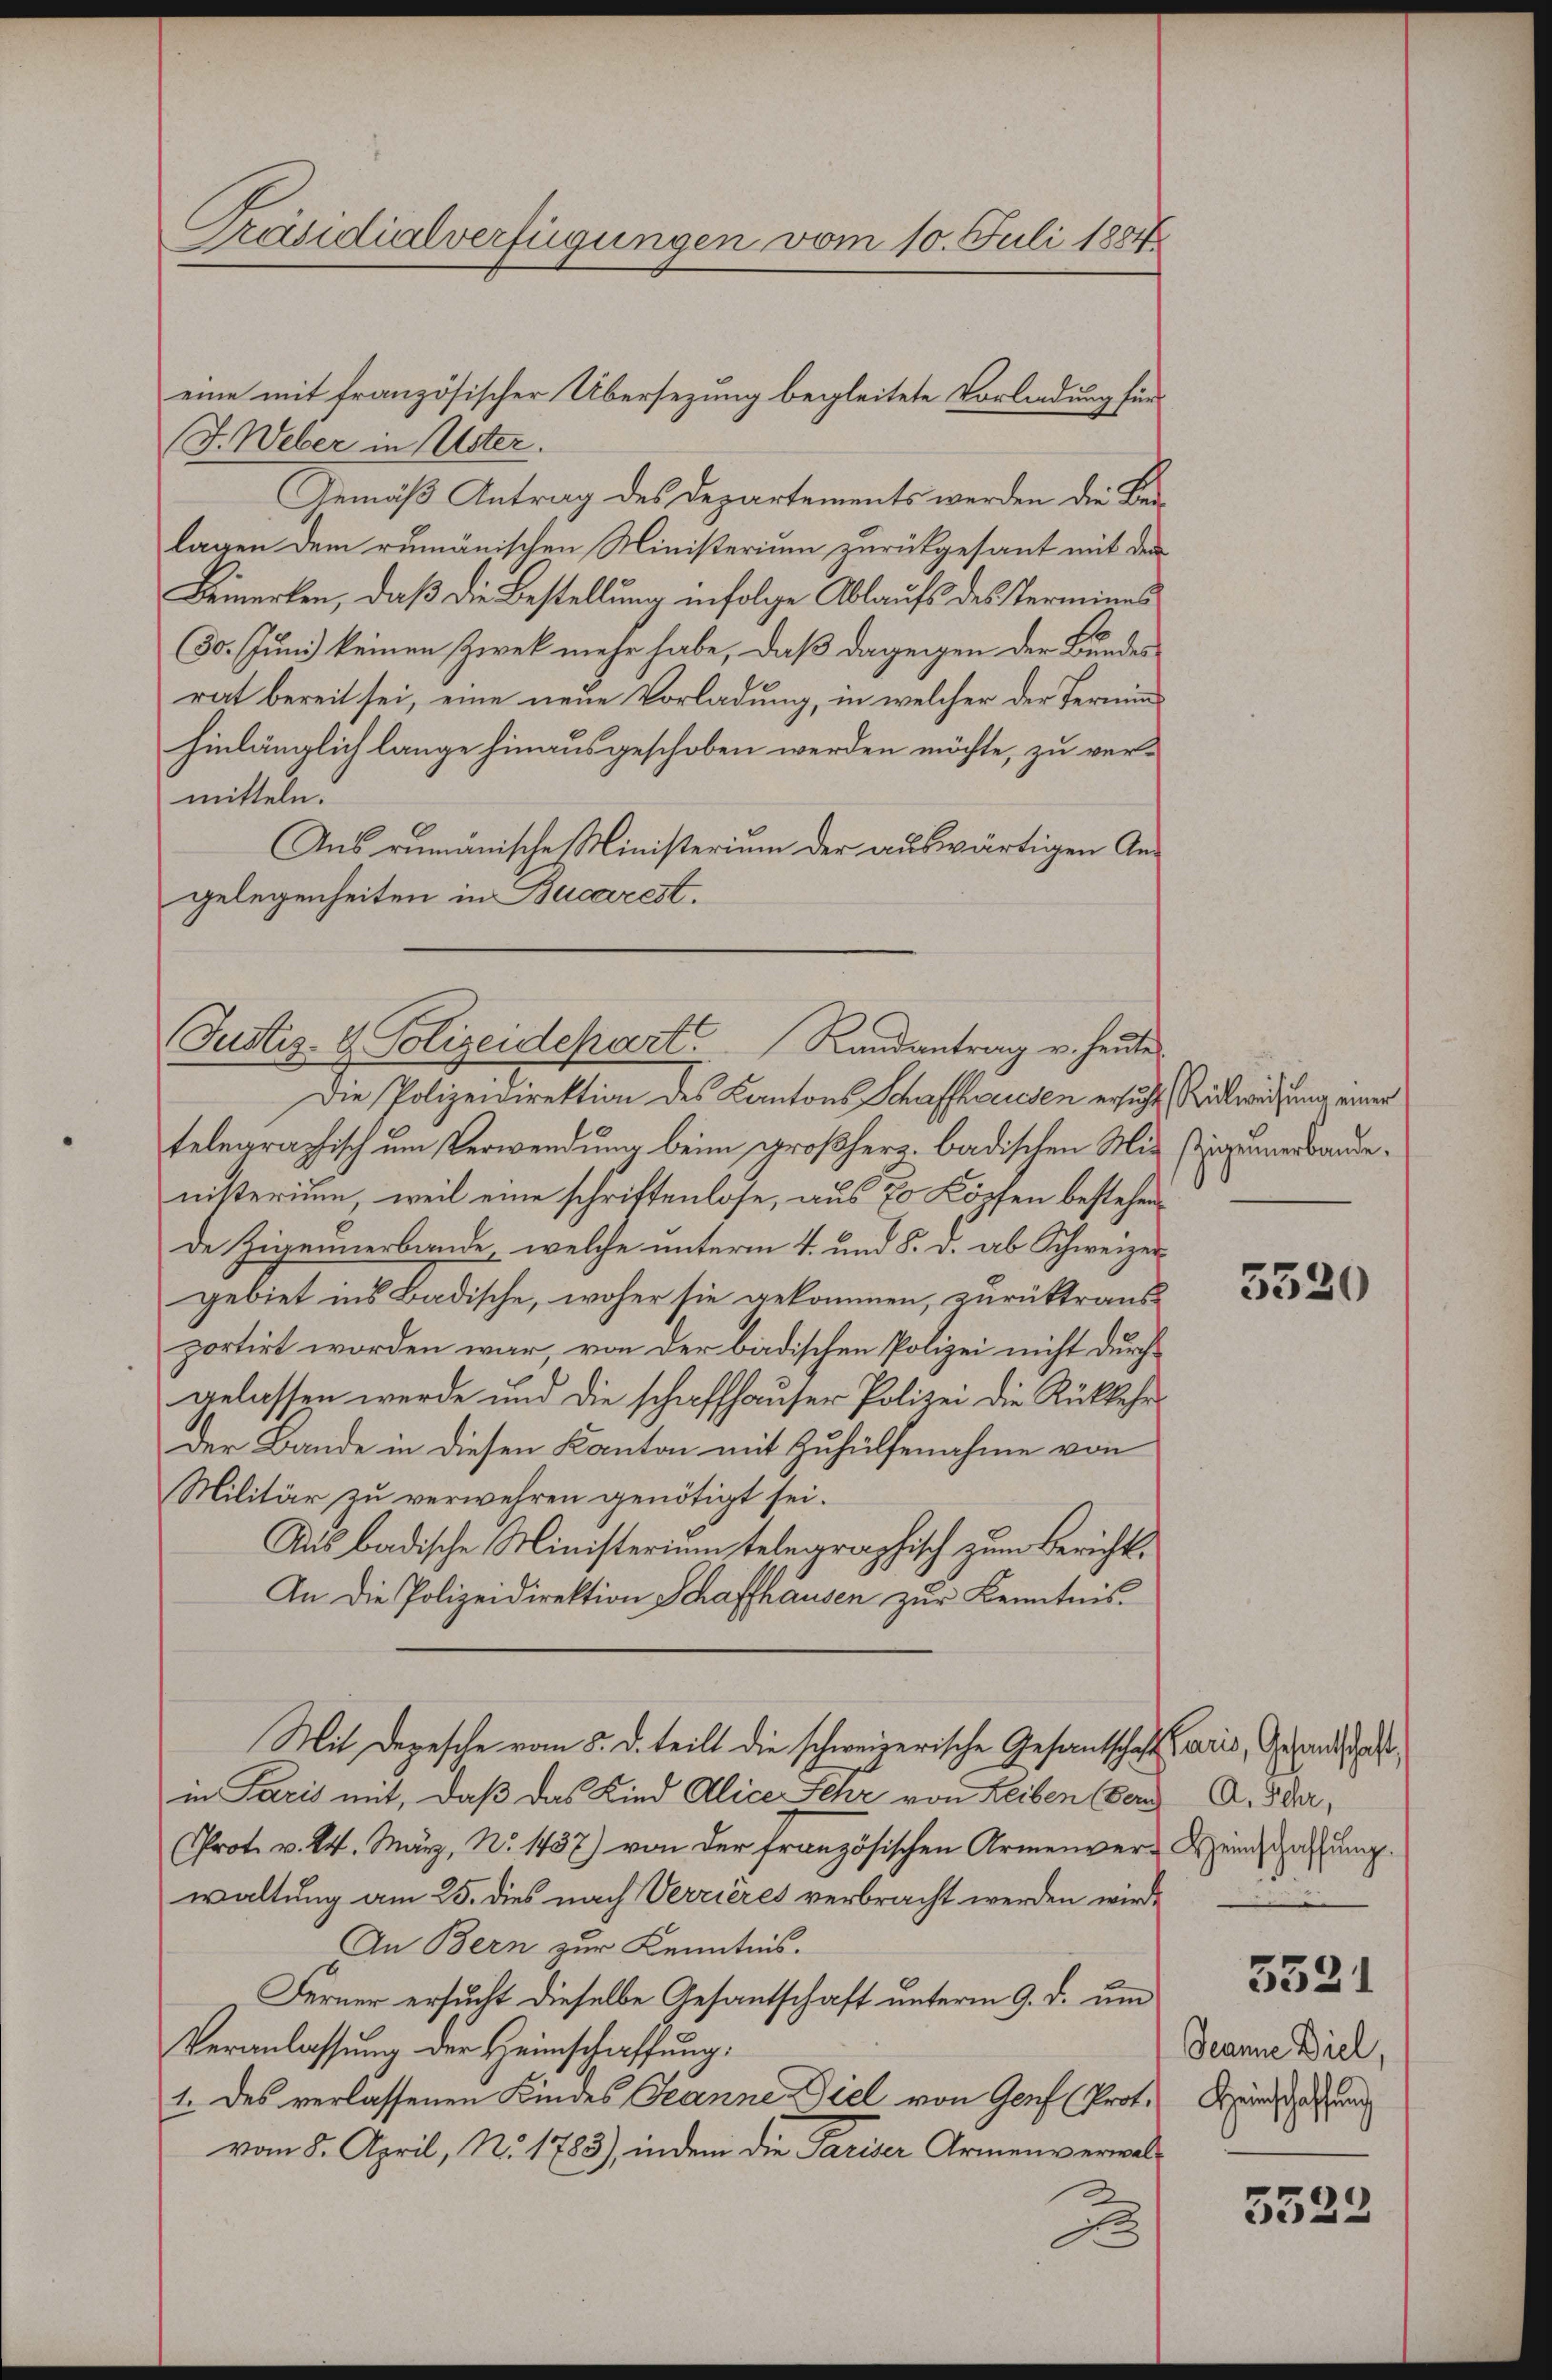
J. Weber in Uster.
Gemäß Antrag des Departements werden die Belagen dem rumänischen Ministerium zurückgesant mit dem
Bemerken, daß die Bestellung infolge Ablaufs des Termines
30. Juni keinen Zwek mehr habe, daß dagegen der Bundes
rat bereit sei, eine neue Vorladung, in welcher der Terminhinlänglich lange hinausgeschoben werden möchte, zu vermitteln.
Aus rumänische Ministerium der auswärtigen An-
gelegenheiten in Bucarest.

Präsidialverfügungen vom 10. Juli 1884

eine mit französischer Übersezung begleitete Vorladung für

Justiz- & Polizeidepart Randantrag u. heute

Die Polizeidirektion des Cantons Schaffhausen ersucht Rückweisung einer
telegraphisch um Verwendung beim großherz. badischen Mit Eingerbandenisterium, weil eine schriftenlose, aus 70 Köpfen bestehen
de Zigennerbande, welche unterm 4. und 8. v. ab Schweizer
gebiet ins Badische, woher sie gekommen, zurücktraus
portirt worden war, von der badischen Polizei nicht durchgelassen werde und die schaffhauser Polizei die Rückkehr
der Bande in diesen Kanton mit Zuhülfenahme von
Militär zu verwehren genötigt sei.
Aus badische Ministerium telegraphisch zum Bericht¬
An die Polizeidirektion Schaffhausen zur Kenntnis¬
Mit Depesche vom 5. d. teilt die schweizerische Gesantschaft Paris, Gesandtscha
in Paris mit, daß das Kind Alice Sehr von Leiben (Bern A. Ida,
Prot. v. 24. März, No 1437) von der französischen Armenver-Weinschaffung.
waltung am 25. dies nach Verrieres verbracht werden wird.
An Bern zur Kenntnis.
Ferner ersucht dieselbe Gesantschaft unterm 9. d. um
Veranlassung der Heimschaffung.
1. des verlassenen Kindes Jeanne Ziel von Genf (Prot.
vom 8. April, No. 1783), indem die Pariser Armenverwalde

3520

3531
Jeanne Diel,
Heinschaffung

5523